Jarvakandi_vallavalitsus, lk 63
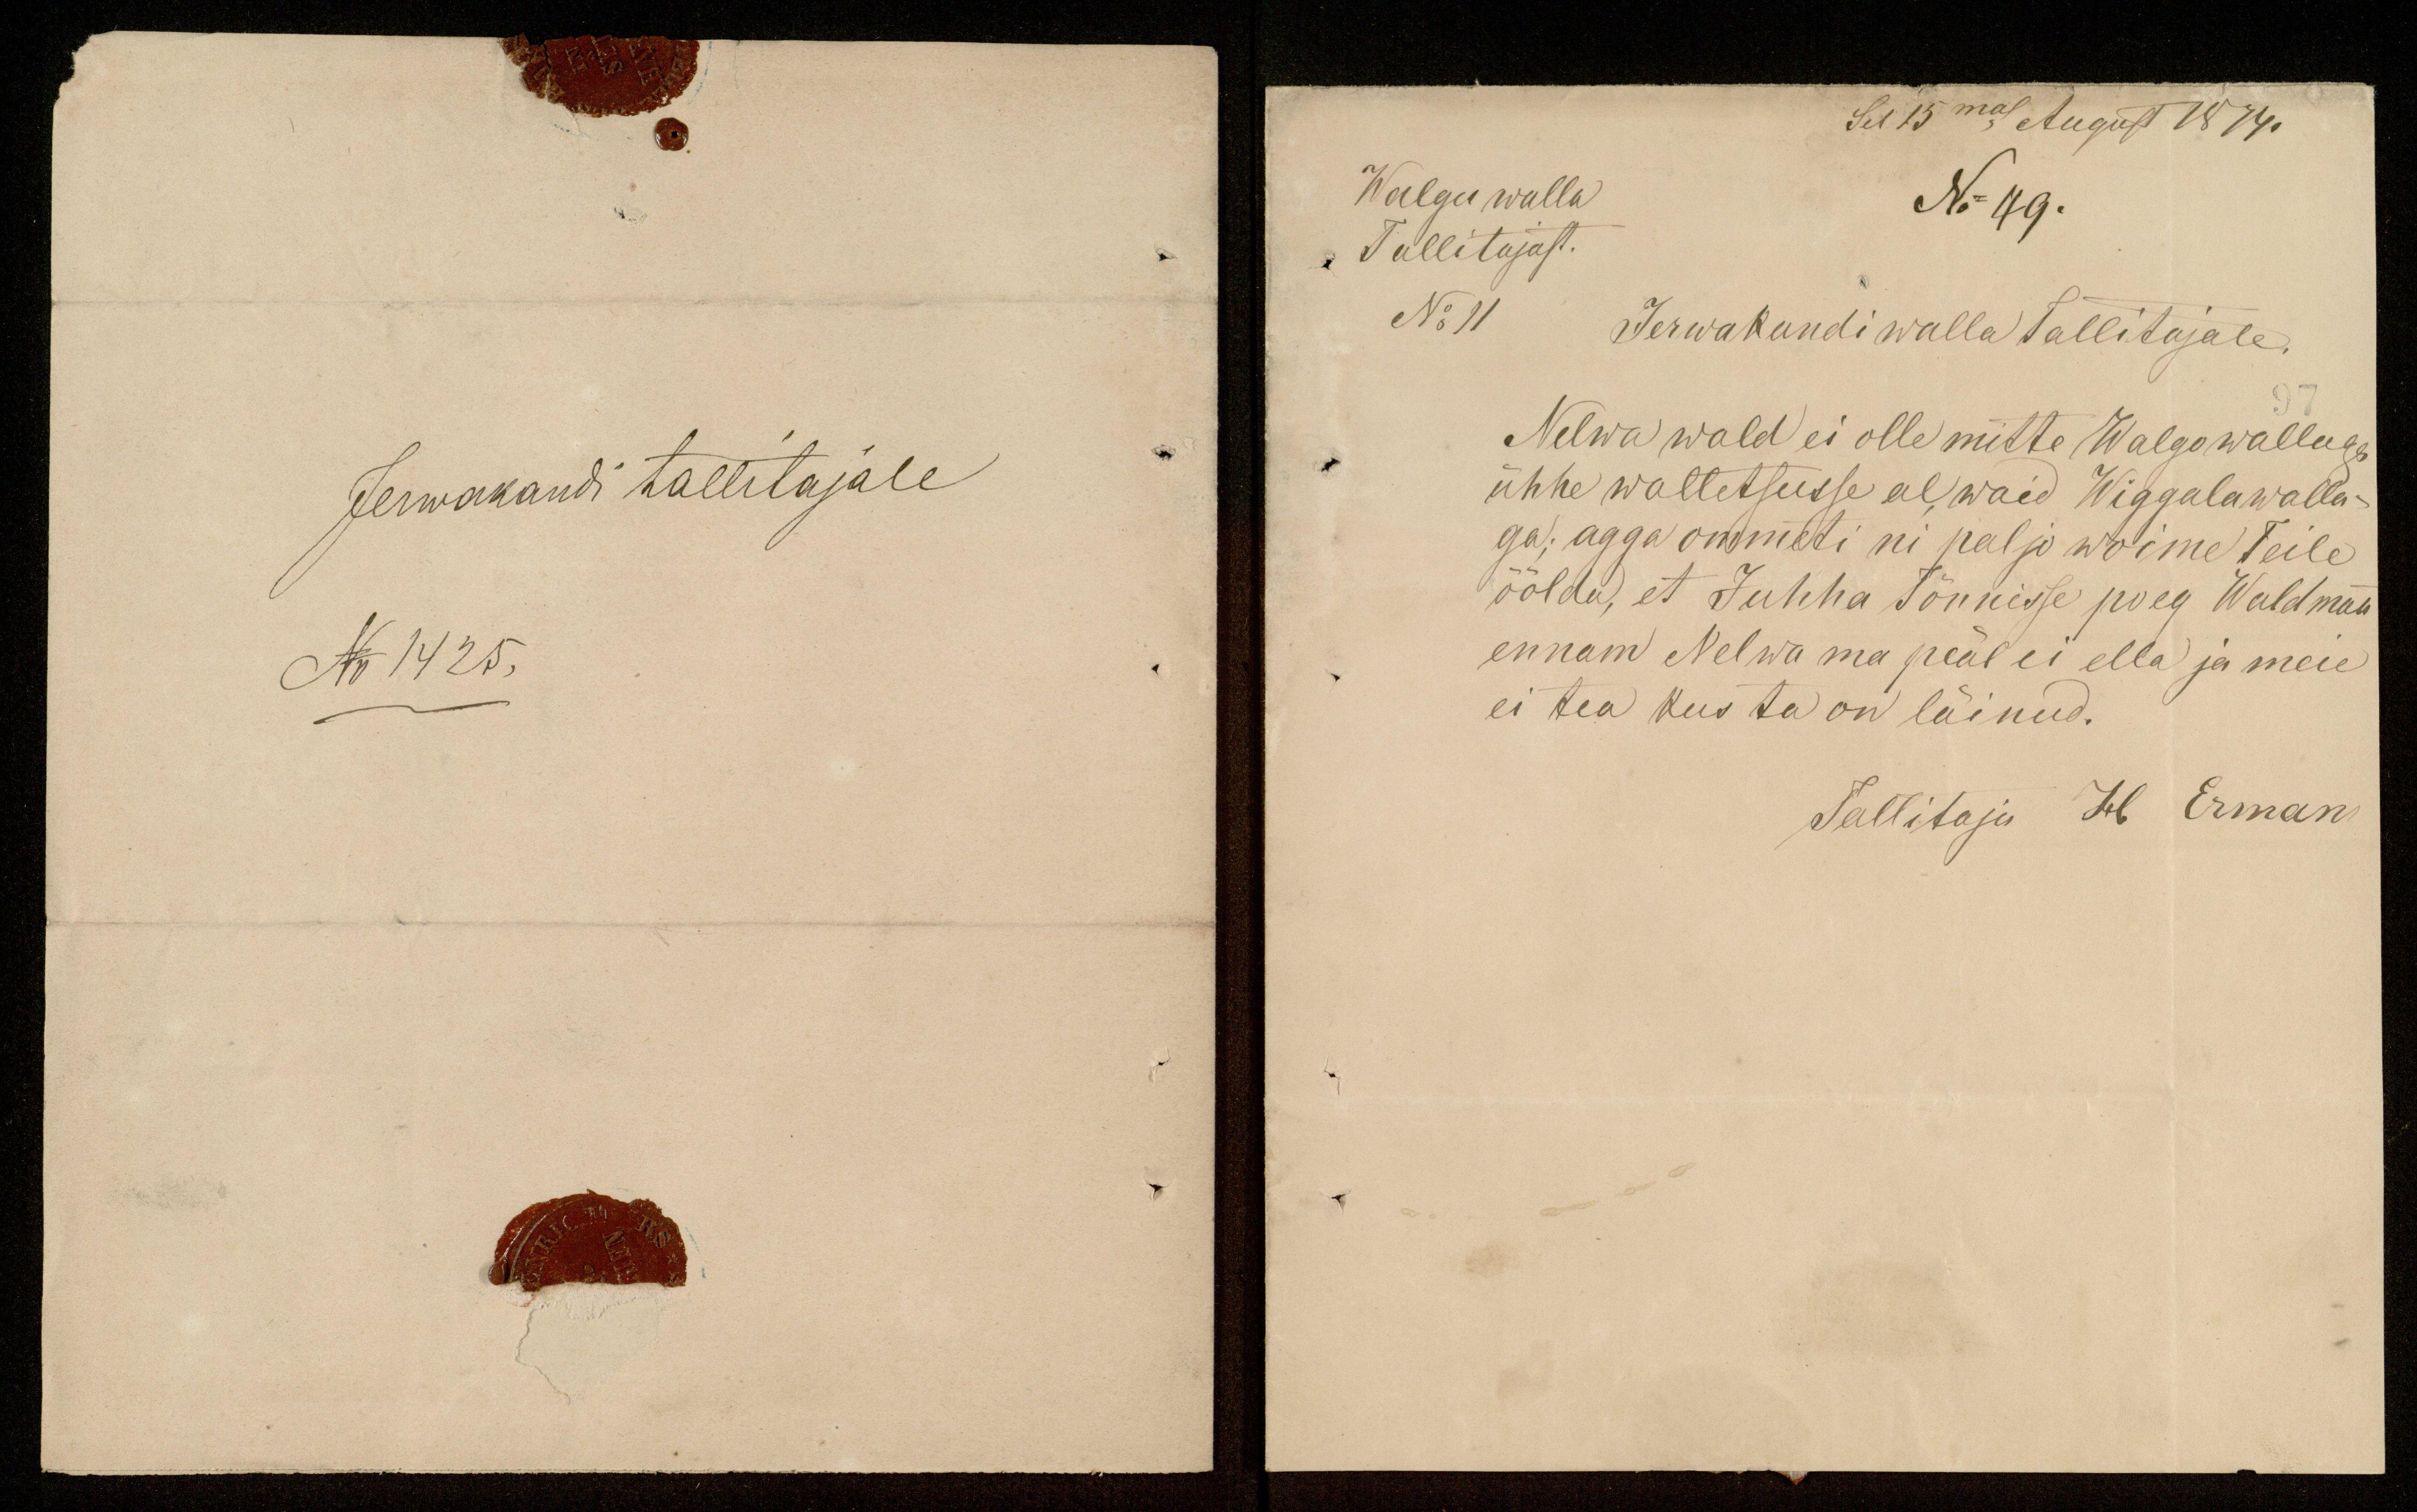
Jerwakandi tallitajale
No 1425.

Sel 15mal August 1874.
Walga walla
No 49.
Tallitajast
No 11
Jerwakandi walla tallitajale.
Nelwa wald ei olle mitte Walga wallaga
ühhe waltetsusse al, waid Wiggala walla-
ga, agga ommeti ni paljo wõime Teile
öölda, et Juhha Tõnnisse poeg Waldmann
ennam Nelwa ma peäl ei ella ja meie
ei tea kus ta on läinud.
Tallitaja H Erman